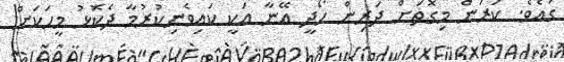
ގައެވެ. ކަރަން މިގޮތަށް ދަރިން ހޯދީ އޭނާ އަކީ ކައިވެނިކުރުމާ ދެކޮޅު މީހަކަށް